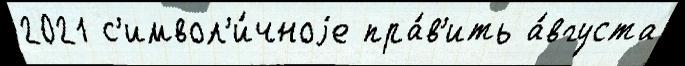
2021 с'имвол'и́чноjе пра́в'ить а́вгуста